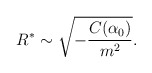
\begin{align*}R^\ast\sim\sqrt{-\frac{C(\alpha_0)}{m^2}}.\end{align*}